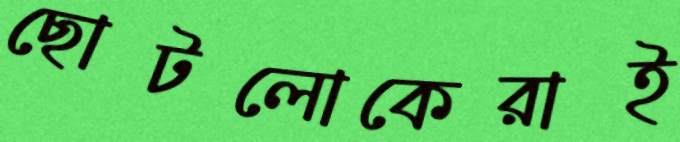
ছোটলোকেরাই